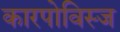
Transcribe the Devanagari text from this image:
कारपोविस्ज